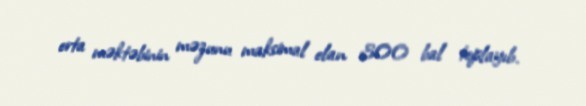
orta məktəbinin məzunu maksimal olan 300 bal toplayıb.